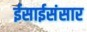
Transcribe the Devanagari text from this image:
ईसाईसंसार